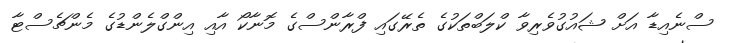
ސްނެއިޑާ އަށް ޝައުގުވެރިވާ ކްލަބްތަކުގެ ތެރޭގައި ފްރާންސްގެ މޮނާކޯ އާއި އިންގްލެންޑުގެ މެންޗެސްޓާ